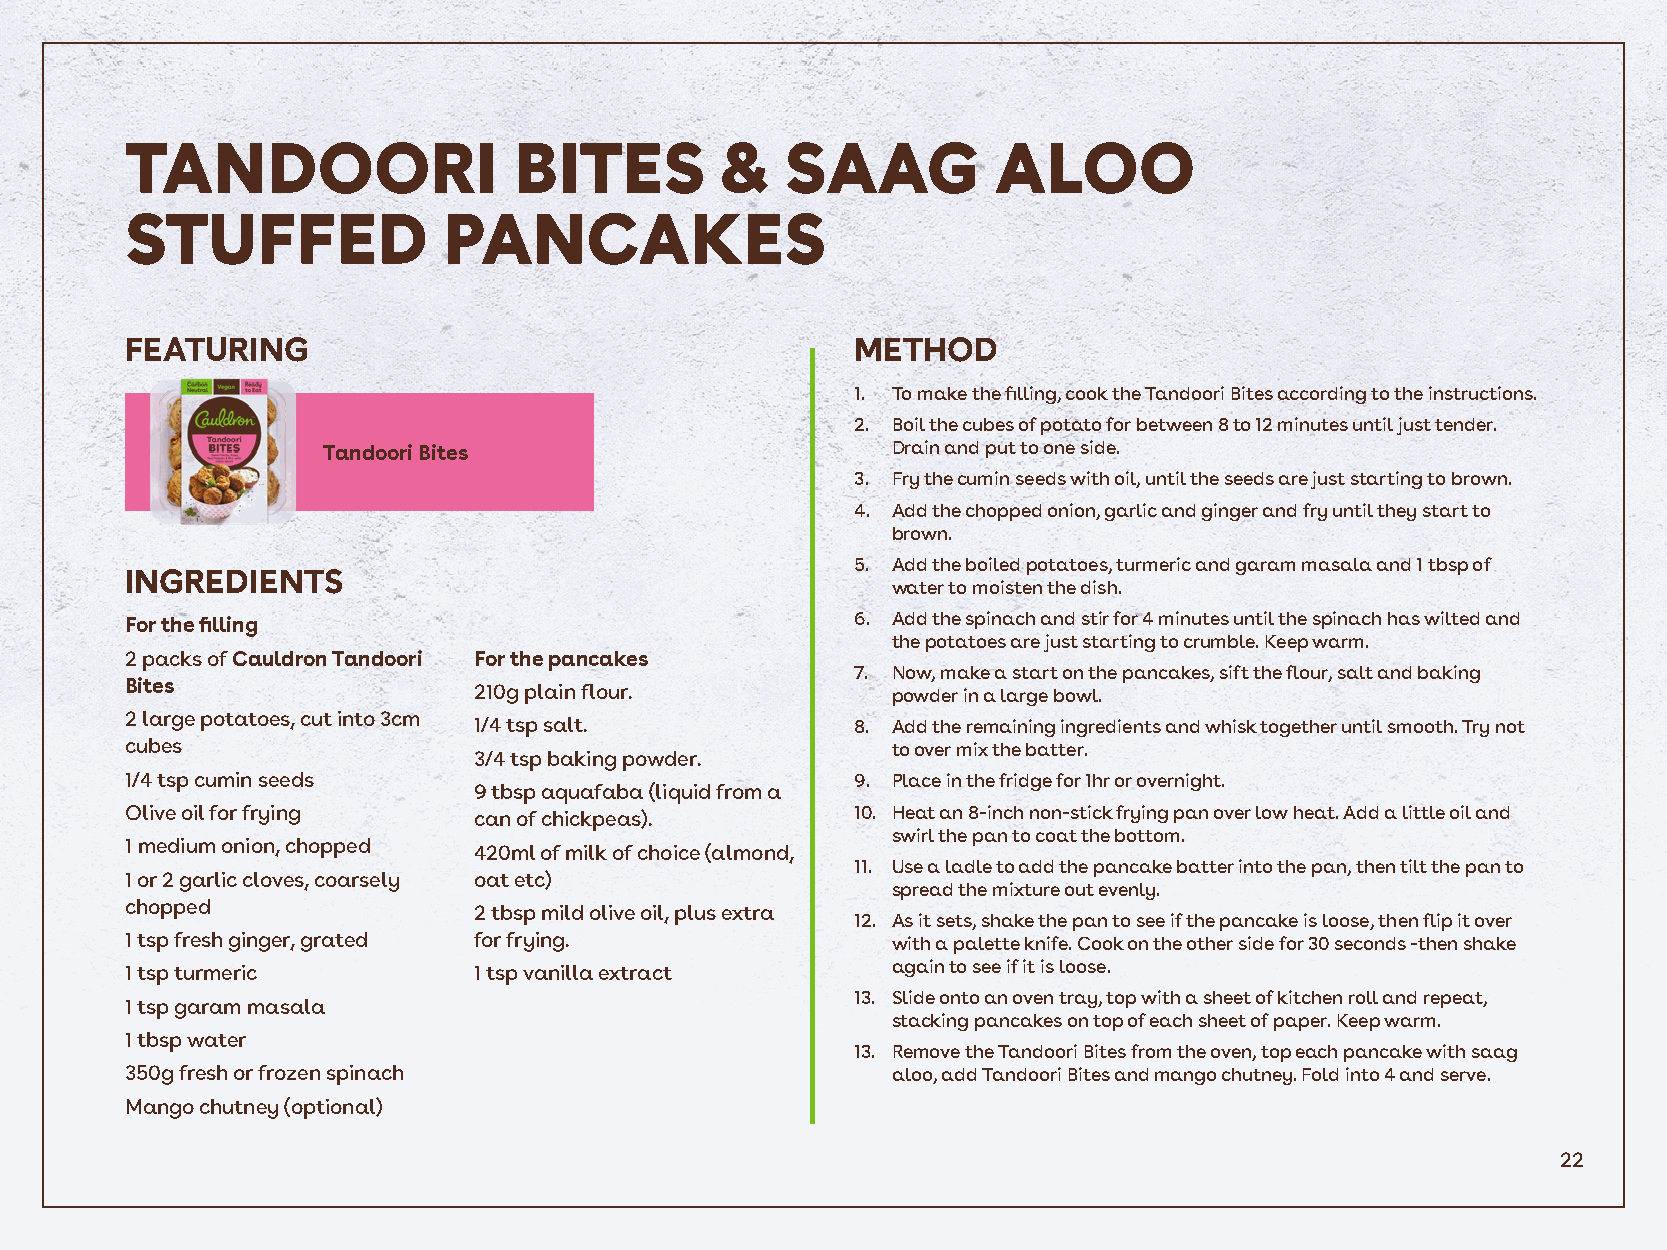
TANDOORI                  BITES         &   SAAG          ALOO
 STUFFED              PANCAKES
 FEATURING                                        METHOD
 1. To make the filling, cook the Tandoori Bites according to the instructions.
 2. Boil the cubes of potato for between 8 to 12 minutes until just tender.
 Tandoori Bites                        Drain and put to one side.
 3. Fry the cumin seeds with oil, until the seeds are just starting to brown.
 4. Add the chopped onion, garlic and ginger and fry until they start to
 brown.
 5. Add the boiled potatoes, turmeric and garam masala and 1 tbsp of
 INGREDIENTS
 water to moisten the dish.
 6. Add the spinach and stir for 4 minutes until the spinach has wilted and
 For the filling
 the potatoes are just starting to crumble. Keep warm.
 2 packs of Cauldron Tandoori For the pancakes
 7. Now, make a start on the pancakes, sift the flour, salt and baking
 Bites                  210g plain flour.           powder in a large bowl.
 2 large potatoes, cut into 3cm 1/4 tsp salt.     8. Add the remaining ingredients and whisk together until smooth. Try not
 cubes                                              to over mix the batter.
 3/4 tsp baking powder.
 1/4 tsp cumin seeds                              9. Place in the fridge for 1hr or overnight.
 9 tbsp aquafaba (liquid from a
 Olive oil for frying   can of chickpeas).        10. Heat an 8-inch non-stick frying pan over low heat. Add a little oil and
 swirl the pan to coat the bottom.
 1 medium onion, chopped 420ml of milk of choice (almond,
 11. Use a ladle to add the pancake batter into the pan, then tilt the pan to
 1 or 2 garlic cloves, coarsely oat etc)
 spread the mixture out evenly.
 chopped                2 tbsp mild olive oil, plus extra
 12. As it sets, shake the pan to see if the pancake is loose, then flip it over
 1 tsp fresh ginger, grated for frying.             with a palette knife. Cook on the other side for 30 seconds -then shake
 1 tsp turmeric         1 tsp vanilla extract       again to see if it is loose.
 13. Slide onto an oven tray, top with a sheet of kitchen roll and repeat,
 1 tsp garam masala
 stacking pancakes on top of each sheet of paper. Keep warm.
 1 tbsp water
 13. Remove the Tandoori Bites from the oven, top each pancake with saag
 350g fresh or frozen spinach                       aloo, add Tandoori Bites and mango chutney. Fold into 4 and serve.
 Mango chutney (optional)
 22